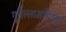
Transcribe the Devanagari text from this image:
गुर्रिल्लाअभियान